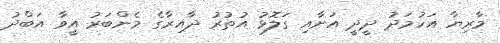
މާރިޔާ އަހުމަދު ދީދީ އަށާއި ގަލޮޅު އުތުރު ދާއިރާގެ މެންބަރު އީވާ އަބްދު